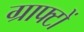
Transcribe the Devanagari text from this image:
ग्राफ्टों